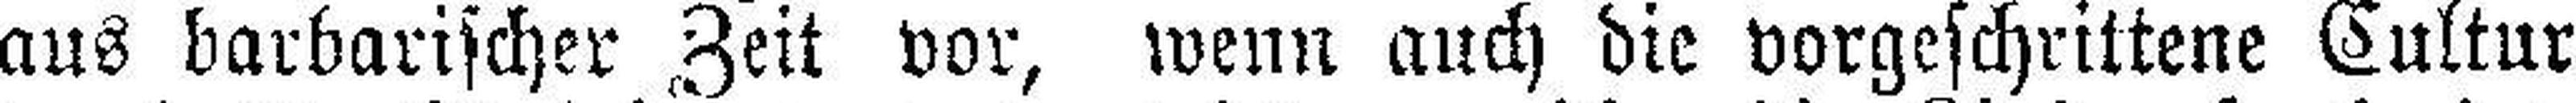
aus barbarischer Zeit vor, wenn auch die vorgeschrittene Cultur